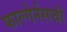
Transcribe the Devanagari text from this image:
फाल्गेर्नसची